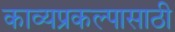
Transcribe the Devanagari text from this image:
काव्यप्रकल्पासाठी